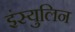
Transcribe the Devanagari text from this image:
इंस्युलिन